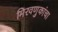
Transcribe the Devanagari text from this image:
मिरवणुकांचा